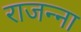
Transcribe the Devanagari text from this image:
राजन्ना